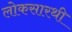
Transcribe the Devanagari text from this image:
लोकसारथी